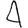
Digit: 4